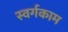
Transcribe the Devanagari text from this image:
स्वर्गकाम